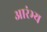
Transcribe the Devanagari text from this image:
आरंभ्य